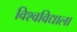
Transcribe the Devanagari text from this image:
विश्वविद्याला